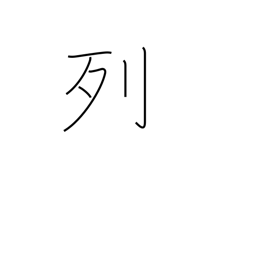
Meaning: row